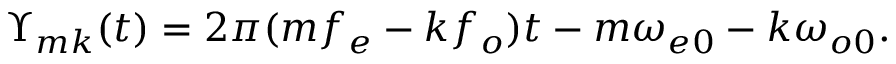
\Upsilon _ { m k } ( t ) = 2 \pi ( m f _ { e } - k f _ { o } ) t - m \omega _ { e 0 } - k \omega _ { o 0 } .